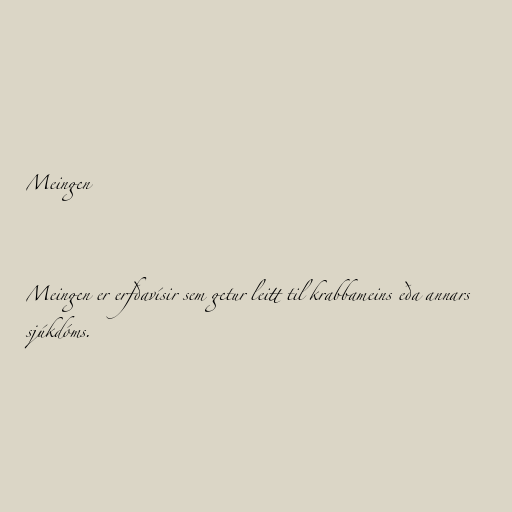
Meingen

Meingen er erfðavísir sem getur leitt til krabbameins eða annars
sjúkdóms.